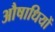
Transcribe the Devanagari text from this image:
औषाधियों